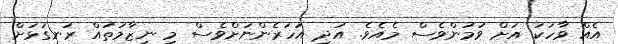
އެއް ވާހަކަ އަށް ވުމުންވެސް މެއެވެ. އަދި އަހަރެންނަށްވެސް މި ނިޒާމުތައް ރަނގަޅަށް